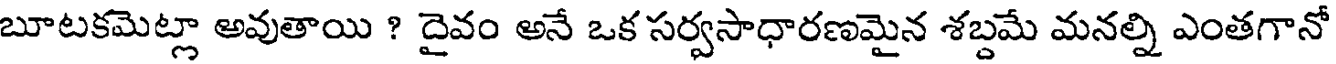
బూటకమెట్లా అవుతాయి ? దైవం అనే ఒక సర్వసాధారణమైన శబ్దమే మనల్ని ఎంతగానో